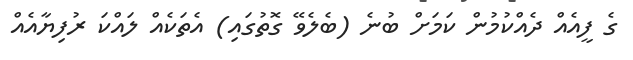
ގެ ފީއެއް ދެއްކުމުން ކަމަށް ބުނެ (ބެލެވޭ ގޮތުގައި) އެތަކެއް ލައްކަ ރުފިޔާއެއް